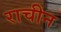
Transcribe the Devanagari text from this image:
राचीन